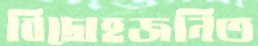
বিদ্রোহজনিত